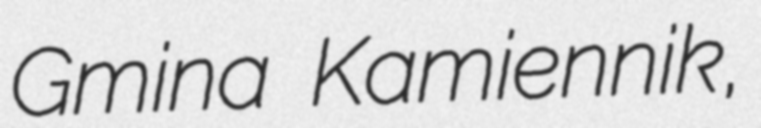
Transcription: Gmina Kamiennik,